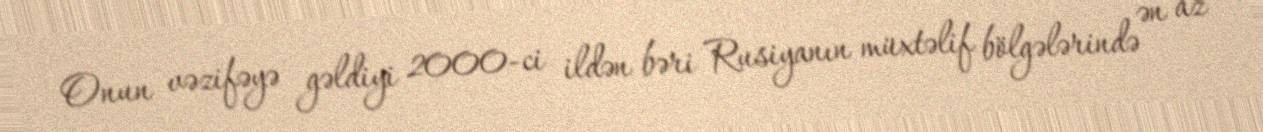
Onun vəzifəyə gəldiyi 2000-ci ildən bəri Rusiyanın müxtəlif bölgələrində ən az